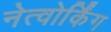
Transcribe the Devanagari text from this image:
नेत्वोर्किंग